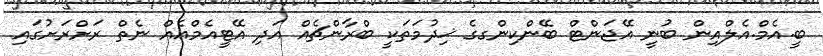
ބީ.އެމް.އެލްއިން ބުނީ އޭޖަންޓް ބޭންކިންގގެ ޚިދުމަތަކީ ބްރާންޗެއް އަދި އޭޓީއެމްއެއް ނެތް ރަށްރަށުގައި